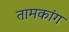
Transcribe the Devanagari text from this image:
तामकांग